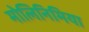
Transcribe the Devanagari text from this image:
मोलिनिमिया